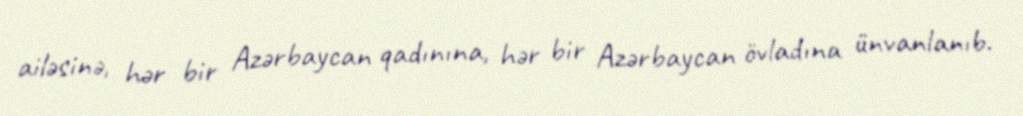
ailəsinə, hər bir Azərbaycan qadınına, hər bir Azərbaycan övladına ünvanlanıb.